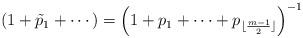
LaTeX: \begin{align*} \left(1+\tilde{p}_{1}+\cdots\right)= \left(1+p_1+\cdots+p_{\lfloor\frac{m-1}{2}\rfloor}\right)^{-1} \end{align*}